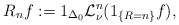
\begin{align*} R_nf :=1_{\Delta_0} \mathcal L_{\nu}^n(1_{\{R=n\}}f),\end{align*}